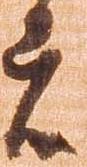
者